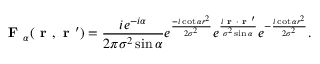
\textbf { F } _ { \alpha } ( \textbf { r } , \textbf { r } ^ { \prime } ) = \frac { i e ^ { - i \alpha } } { 2 \pi \sigma ^ { 2 } \sin \alpha } e ^ { \frac { - i \cot \alpha r ^ { 2 } } { 2 \sigma ^ { 2 } } } e ^ { \frac { i \textbf { r } \cdot \textbf { r } ^ { \prime } } { \sigma ^ { 2 } \sin \alpha } } e ^ { - \frac { i \cot \alpha r ^ { 2 } } { 2 \sigma ^ { 2 } } } .